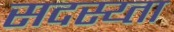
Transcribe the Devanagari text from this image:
सदस्य्ता